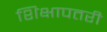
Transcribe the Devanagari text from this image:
शिक्षापतरी